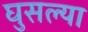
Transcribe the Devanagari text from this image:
घुसल्या